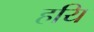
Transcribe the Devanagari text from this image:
हयि